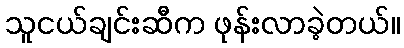
သူငယ်ချင်းဆီက ဖုန်းလာခဲ့တယ်။